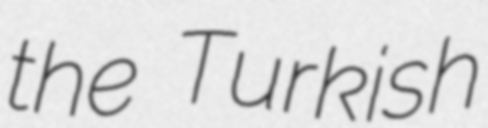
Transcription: the Turkish